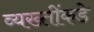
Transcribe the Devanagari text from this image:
व्यख्तींकडे